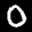
Label: 0